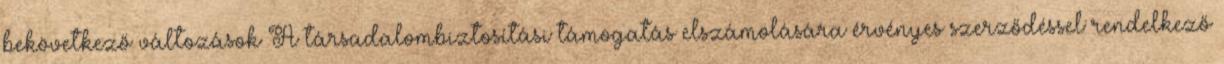
bekövetkező változások A társadalombiztosítási támogatás elszámolására érvényes szerződéssel rendelkező